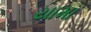
યામા